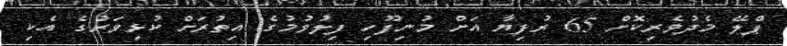
ޕްލޭ މެދުވެރިކޮށް 65 ރުފިޔާ އަށް މުނިފޫހި ފިލުވުމުގެ އިތުރަށް ކުޅިވަރުގެ އެކި